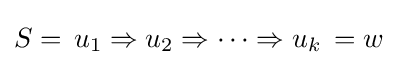
S=\,u_{1}\Rightarrow u_{2}\Rightarrow \cdots \Rightarrow u_{k}\,=w